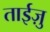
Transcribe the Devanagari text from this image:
ताईज़ु